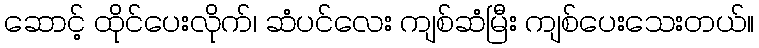
ဆောင့် ထိုင်ပေးလိုက်၊ ဆံပင်လေး ကျစ်ဆံမြီး ကျစ်ပေးသေးတယ်။